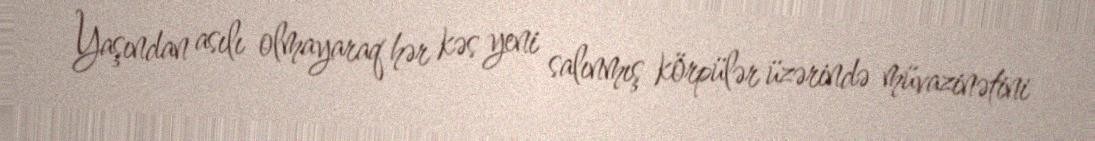
Yaşından asılı olmayaraq hər kəs yeni salınmış körpülər üzərində müvazinətini